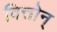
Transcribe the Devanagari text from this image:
वित्तोन्